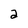
Character: 2